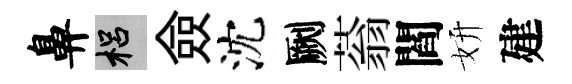
鼻梠僉沈劂蓊閻妍建